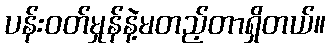
ပန်းဝတ်မှုန်နဲ့မတည့်တာရှိတယ်။